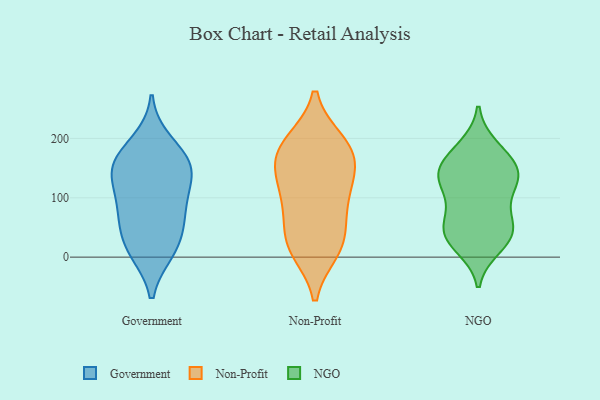
{"axis": {"x": "Active Users", "y": "Value"}, "legend": ["Government", "NGO", "Non-Profit"], "data": [{"x": "", "y": 154, "type": "Government"}, {"x": "", "y": 161, "type": "Government"}, {"x": "", "y": 132, "type": "Government"}, {"x": "", "y": 84, "type": "Government"}, {"x": "", "y": 10, "type": "Government"}, {"x": "", "y": 109, "type": "Government"}, {"x": "", "y": 146, "type": "Government"}, {"x": "", "y": 10, "type": "Government"}, {"x": "", "y": 65, "type": "Government"}, {"x": "", "y": 66, "type": "Government"}, {"x": "", "y": 162, "type": "Government"}, {"x": "", "y": 28, "type": "Government"}, {"x": "", "y": 194, "type": "Government"}, {"x": "", "y": 102, "type": "Non-Profit"}, {"x": "", "y": 32, "type": "Non-Profit"}, {"x": "", "y": 14, "type": "Non-Profit"}, {"x": "", "y": 141, "type": "Non-Profit"}, {"x": "", "y": 12, "type": "Non-Profit"}, {"x": "", "y": 190, "type": "Non-Profit"}, {"x": "", "y": 162, "type": "Non-Profit"}, {"x": "", "y": 90, "type": "Non-Profit"}, {"x": "", "y": 136, "type": "Non-Profit"}, {"x": "", "y": 164, "type": "Non-Profit"}, {"x": "", "y": 81, "type": "Non-Profit"}, {"x": "", "y": 28, "type": "Non-Profit"}, {"x": "", "y": 194, "type": "Non-Profit"}, {"x": "", "y": 190, "type": "Non-Profit"}, {"x": "", "y": 135, "type": "NGO"}, {"x": "", "y": 138, "type": "NGO"}, {"x": "", "y": 185, "type": "NGO"}, {"x": "", "y": 60, "type": "NGO"}, {"x": "", "y": 75, "type": "NGO"}, {"x": "", "y": 161, "type": "NGO"}, {"x": "", "y": 103, "type": "NGO"}, {"x": "", "y": 30, "type": "NGO"}, {"x": "", "y": 47, "type": "NGO"}, {"x": "", "y": 39, "type": "NGO"}, {"x": "", "y": 176, "type": "NGO"}, {"x": "", "y": 36, "type": "NGO"}, {"x": "", "y": 137, "type": "NGO"}, {"x": "", "y": 138, "type": "NGO"}, {"x": "", "y": 129, "type": "NGO"}, {"x": "", "y": 18, "type": "NGO"}]}